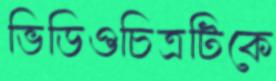
ভিডিওচিত্রটিকে